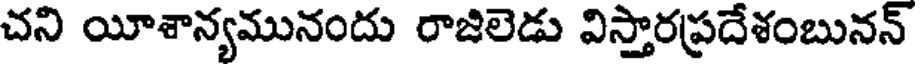
చని యీశాన్యమునందు రాజిలెడు విస్తారప్రదేశంబునన్